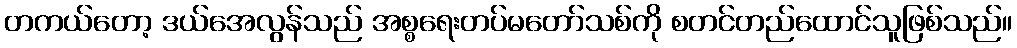
တကယ်တော့ ဒယ်အေလွန်သည် အစ္စရေးတပ်မတော်သစ်ကို စတင်တည်ထောင်သူဖြစ်သည်။